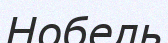
Нобель